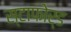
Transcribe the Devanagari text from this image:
स्टाफोर्ड